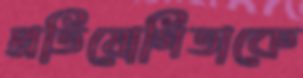
প্রতিযোগিতাকে